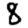
Digit: 8